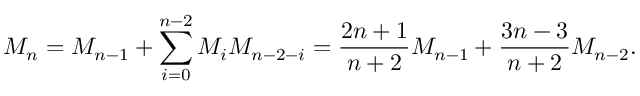
M _ { n } = M _ { n - 1 } + \sum _ { i = 0 } ^ { n - 2 } M _ { i } M _ { n - 2 - i } = { \frac { 2 n + 1 } { n + 2 } } M _ { n - 1 } + { \frac { 3 n - 3 } { n + 2 } } M _ { n - 2 } .